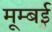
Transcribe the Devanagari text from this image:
मूम्बई